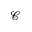
\mathcal { C }